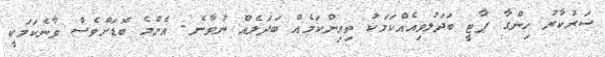
ސަރުކާރު ހިންގާ ޕާޓީ ބަދަލުވިއެއްކަމަކު ތިއިންކަމެއް ބަދަލެއް ނުވާނެ. އެންމެ ބޮޑަށްވެސް ވާނެކަމަކީ